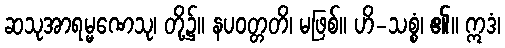
ဆသုအာရမ္မဏေသု၊ တို့၌။ နပဝတ္တတိ၊ မဖြစ်။ ဟိ-သစ္စံ၊ ၏။ ဣဒံ၊